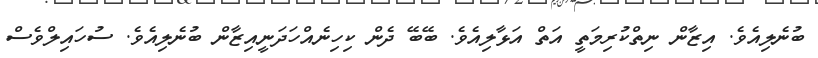
ބުނެލިއެވެ. އިޒާން ނިތްކުރިމަތީ އަތް އަޅާލިއެވެ. ބޭބޭ ދެން ކިހިނެއްހަދަނީއިޒާން ބުނެލިއެވެ. ސުހައިލްވެސް